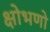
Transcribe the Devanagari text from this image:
क्षोभणो